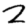
Digit: 2